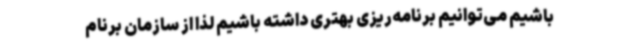
باشیم می‌توانیم برنامه‌ریزی بهتری داشته باشیم لذا از سازمان برنام